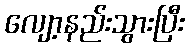
လျော့နည်းသွားပြီး